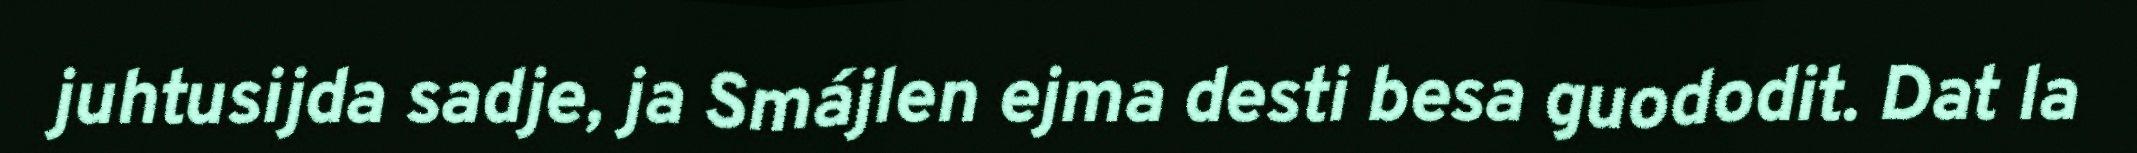
juhtusijda sadje, ja Smájlen ejma desti besa guododit. Dat la